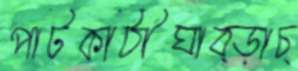
পাটকাঠীঘাব্‌ড়াচ্